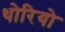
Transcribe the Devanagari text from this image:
थोरियो